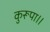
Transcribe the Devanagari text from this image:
कुरूपा।।